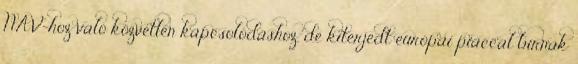
NAV-hoz való közvetlen kapcsolódáshoz, de kiterjedt európai piaccal bírnak